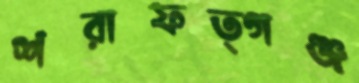
শরাফত্গঞ্জ